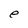
Character: e